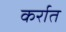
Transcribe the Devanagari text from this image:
कर्रात